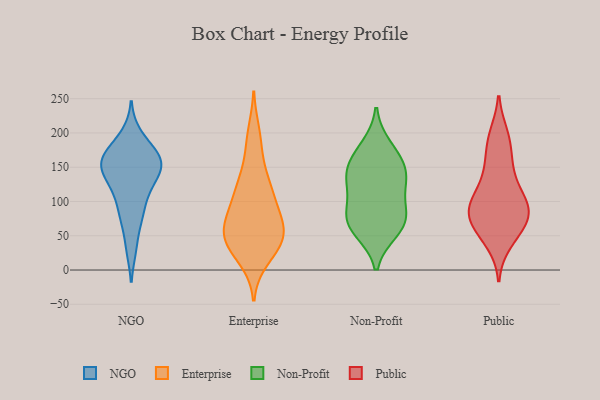
{"axis": {"x": "Page Views", "y": "Value"}, "legend": ["Enterprise", "NGO", "Non-Profit", "Public"], "data": [{"x": "", "y": 74, "type": "NGO"}, {"x": "", "y": 31, "type": "NGO"}, {"x": "", "y": 138, "type": "NGO"}, {"x": "", "y": 172, "type": "NGO"}, {"x": "", "y": 151, "type": "NGO"}, {"x": "", "y": 153, "type": "NGO"}, {"x": "", "y": 174, "type": "NGO"}, {"x": "", "y": 81, "type": "NGO"}, {"x": "", "y": 117, "type": "NGO"}, {"x": "", "y": 109, "type": "NGO"}, {"x": "", "y": 160, "type": "NGO"}, {"x": "", "y": 161, "type": "NGO"}, {"x": "", "y": 198, "type": "NGO"}, {"x": "", "y": 137, "type": "NGO"}, {"x": "", "y": 198, "type": "Enterprise"}, {"x": "", "y": 180, "type": "Enterprise"}, {"x": "", "y": 57, "type": "Enterprise"}, {"x": "", "y": 50, "type": "Enterprise"}, {"x": "", "y": 90, "type": "Enterprise"}, {"x": "", "y": 53, "type": "Enterprise"}, {"x": "", "y": 104, "type": "Enterprise"}, {"x": "", "y": 34, "type": "Enterprise"}, {"x": "", "y": 44, "type": "Enterprise"}, {"x": "", "y": 126, "type": "Enterprise"}, {"x": "", "y": 50, "type": "Enterprise"}, {"x": "", "y": 130, "type": "Enterprise"}, {"x": "", "y": 121, "type": "Enterprise"}, {"x": "", "y": 72, "type": "Enterprise"}, {"x": "", "y": 77, "type": "Enterprise"}, {"x": "", "y": 34, "type": "Enterprise"}, {"x": "", "y": 18, "type": "Enterprise"}, {"x": "", "y": 57, "type": "Non-Profit"}, {"x": "", "y": 72, "type": "Non-Profit"}, {"x": "", "y": 62, "type": "Non-Profit"}, {"x": "", "y": 84, "type": "Non-Profit"}, {"x": "", "y": 180, "type": "Non-Profit"}, {"x": "", "y": 162, "type": "Non-Profit"}, {"x": "", "y": 130, "type": "Non-Profit"}, {"x": "", "y": 125, "type": "Non-Profit"}, {"x": "", "y": 84, "type": "Non-Profit"}, {"x": "", "y": 134, "type": "Non-Profit"}, {"x": "", "y": 153, "type": "Non-Profit"}, {"x": "", "y": 104, "type": "Public"}, {"x": "", "y": 71, "type": "Public"}, {"x": "", "y": 46, "type": "Public"}, {"x": "", "y": 133, "type": "Public"}, {"x": "", "y": 112, "type": "Public"}, {"x": "", "y": 97, "type": "Public"}, {"x": "", "y": 68, "type": "Public"}, {"x": "", "y": 180, "type": "Public"}, {"x": "", "y": 195, "type": "Public"}, {"x": "", "y": 84, "type": "Public"}, {"x": "", "y": 67, "type": "Public"}, {"x": "", "y": 149, "type": "Public"}, {"x": "", "y": 197, "type": "Public"}, {"x": "", "y": 90, "type": "Public"}, {"x": "", "y": 68, "type": "Public"}, {"x": "", "y": 93, "type": "Public"}, {"x": "", "y": 155, "type": "Public"}, {"x": "", "y": 91, "type": "Public"}, {"x": "", "y": 40, "type": "Public"}]}